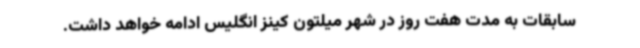
سابقات به مدت هفت روز در شهر میلتون کینز انگلیس ادامه خواهد داشت.